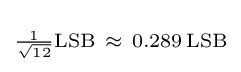
\scriptstyle {\frac {1}{\sqrt {12}}}\mathrm {LSB} \ \approx \ 0.289\,\mathrm {LSB}